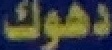
دهوك